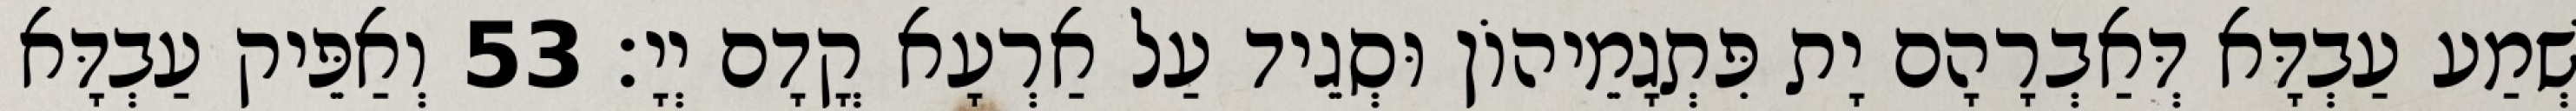
שְׁמַע עַבְדָּא דְּאַבְרָהָם יָת פִּתְגָמֵיהוֹן וּסְגֵיד עַל אַרְעָא קֳדָם יְיָ׃ 53 וְאַפֵּיק עַבְדָּא